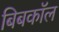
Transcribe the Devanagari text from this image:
बिबकॉल